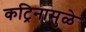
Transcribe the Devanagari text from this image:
कट्रिनामुळे